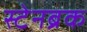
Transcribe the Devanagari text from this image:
स्टेनब्रक